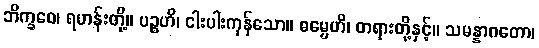
ဘိက္ခဝေ၊ ရဟန်းတို့။ ပဉ္စဟိ၊ ငါးပါးကုန်သော။ ဓမ္မေဟိ၊ တရားတို့နှင့်။ သမန္နာဂတော၊